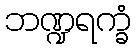
ဘဏ္ဍရက္ခံ